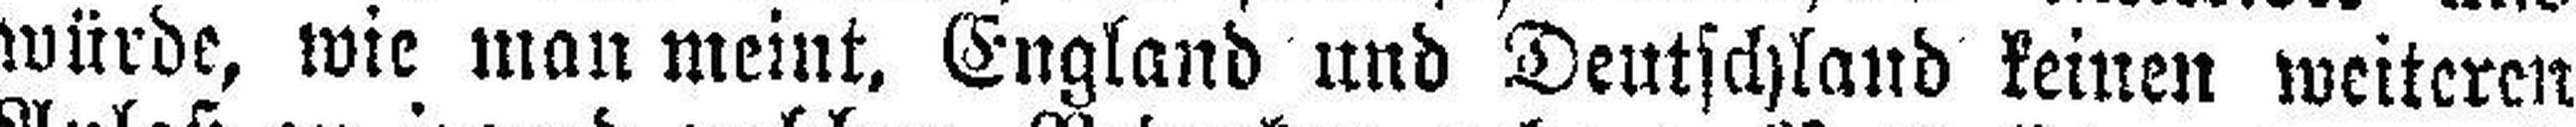
würde, wie man meint. England und Deutschland keinen weiteren